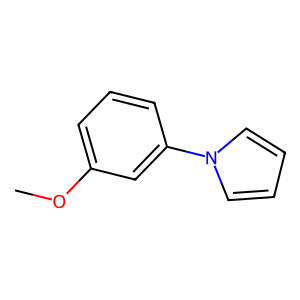
SMILES: COc1cccc(-n2cccc2)c1
Inhibits HIV replication: No